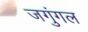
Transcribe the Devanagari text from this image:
जगुंगल